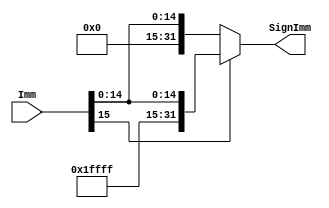
module Sign_Extend #(
parameter Extend_width = 32 , 
          Imm_width = 16
) (
input    wire     [Imm_width-1:0]           Imm,
output   reg      [Extend_width-1:0]        SignImm
);

always @(*) 
begin
    if (Imm[Imm_width-1] == 1'b1) 
    begin
        SignImm = {{(Extend_width-Imm_width){1'b1}},Imm};
    end else 
    begin
        SignImm = {{(Extend_width-Imm_width){1'b0}},Imm};
    end
end 
endmodule